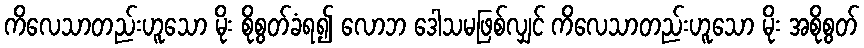
ကိလေသာတည်းဟူသော မိုး စိုစွတ်ခံရ၍ လောဘ ဒေါသမဖြစ်လျှင် ကိလေသာတည်းဟူသော မိုး အစိုစွတ်